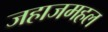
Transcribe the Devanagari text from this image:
जहाजमहल